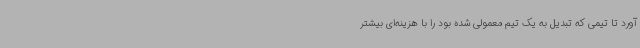
آورد تا تیمی که تبدیل به یک تیم معمولی شده بود را با هزینه‌ای بیشتر